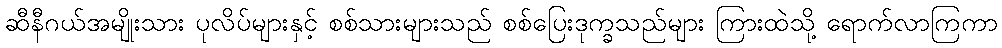
ဆီနီဂယ်အမျိုးသား ပုလိပ်များနှင့် စစ်သားများသည် စစ်ပြေးဒုက္ခသည်များ ကြားထဲသို့ ရောက်လာကြကာ